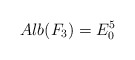
\begin{align*} Alb(F_3)=E_0^5\end{align*}